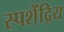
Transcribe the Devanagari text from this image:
स्पशेंद्रिय